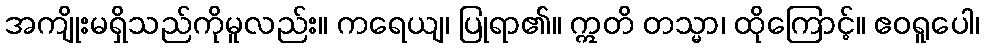
အကျိုးမရှိသည်ကိုမူလည်း။ ကရေယျ၊ ပြုရာ၏။ ဣတိ တသ္မာ၊ ထိုကြောင့်။ ဧဝရူပေါ၊